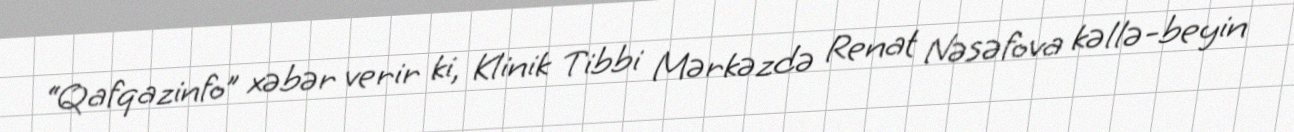
“Qafqazinfo” xəbər verir ki, Klinik Tibbi Mərkəzdə Renat Nəsəfova kəllə-beyin